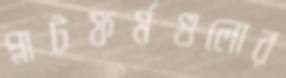
প্লাটফর্মগুলোর